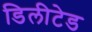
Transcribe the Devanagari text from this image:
डिलीटेड